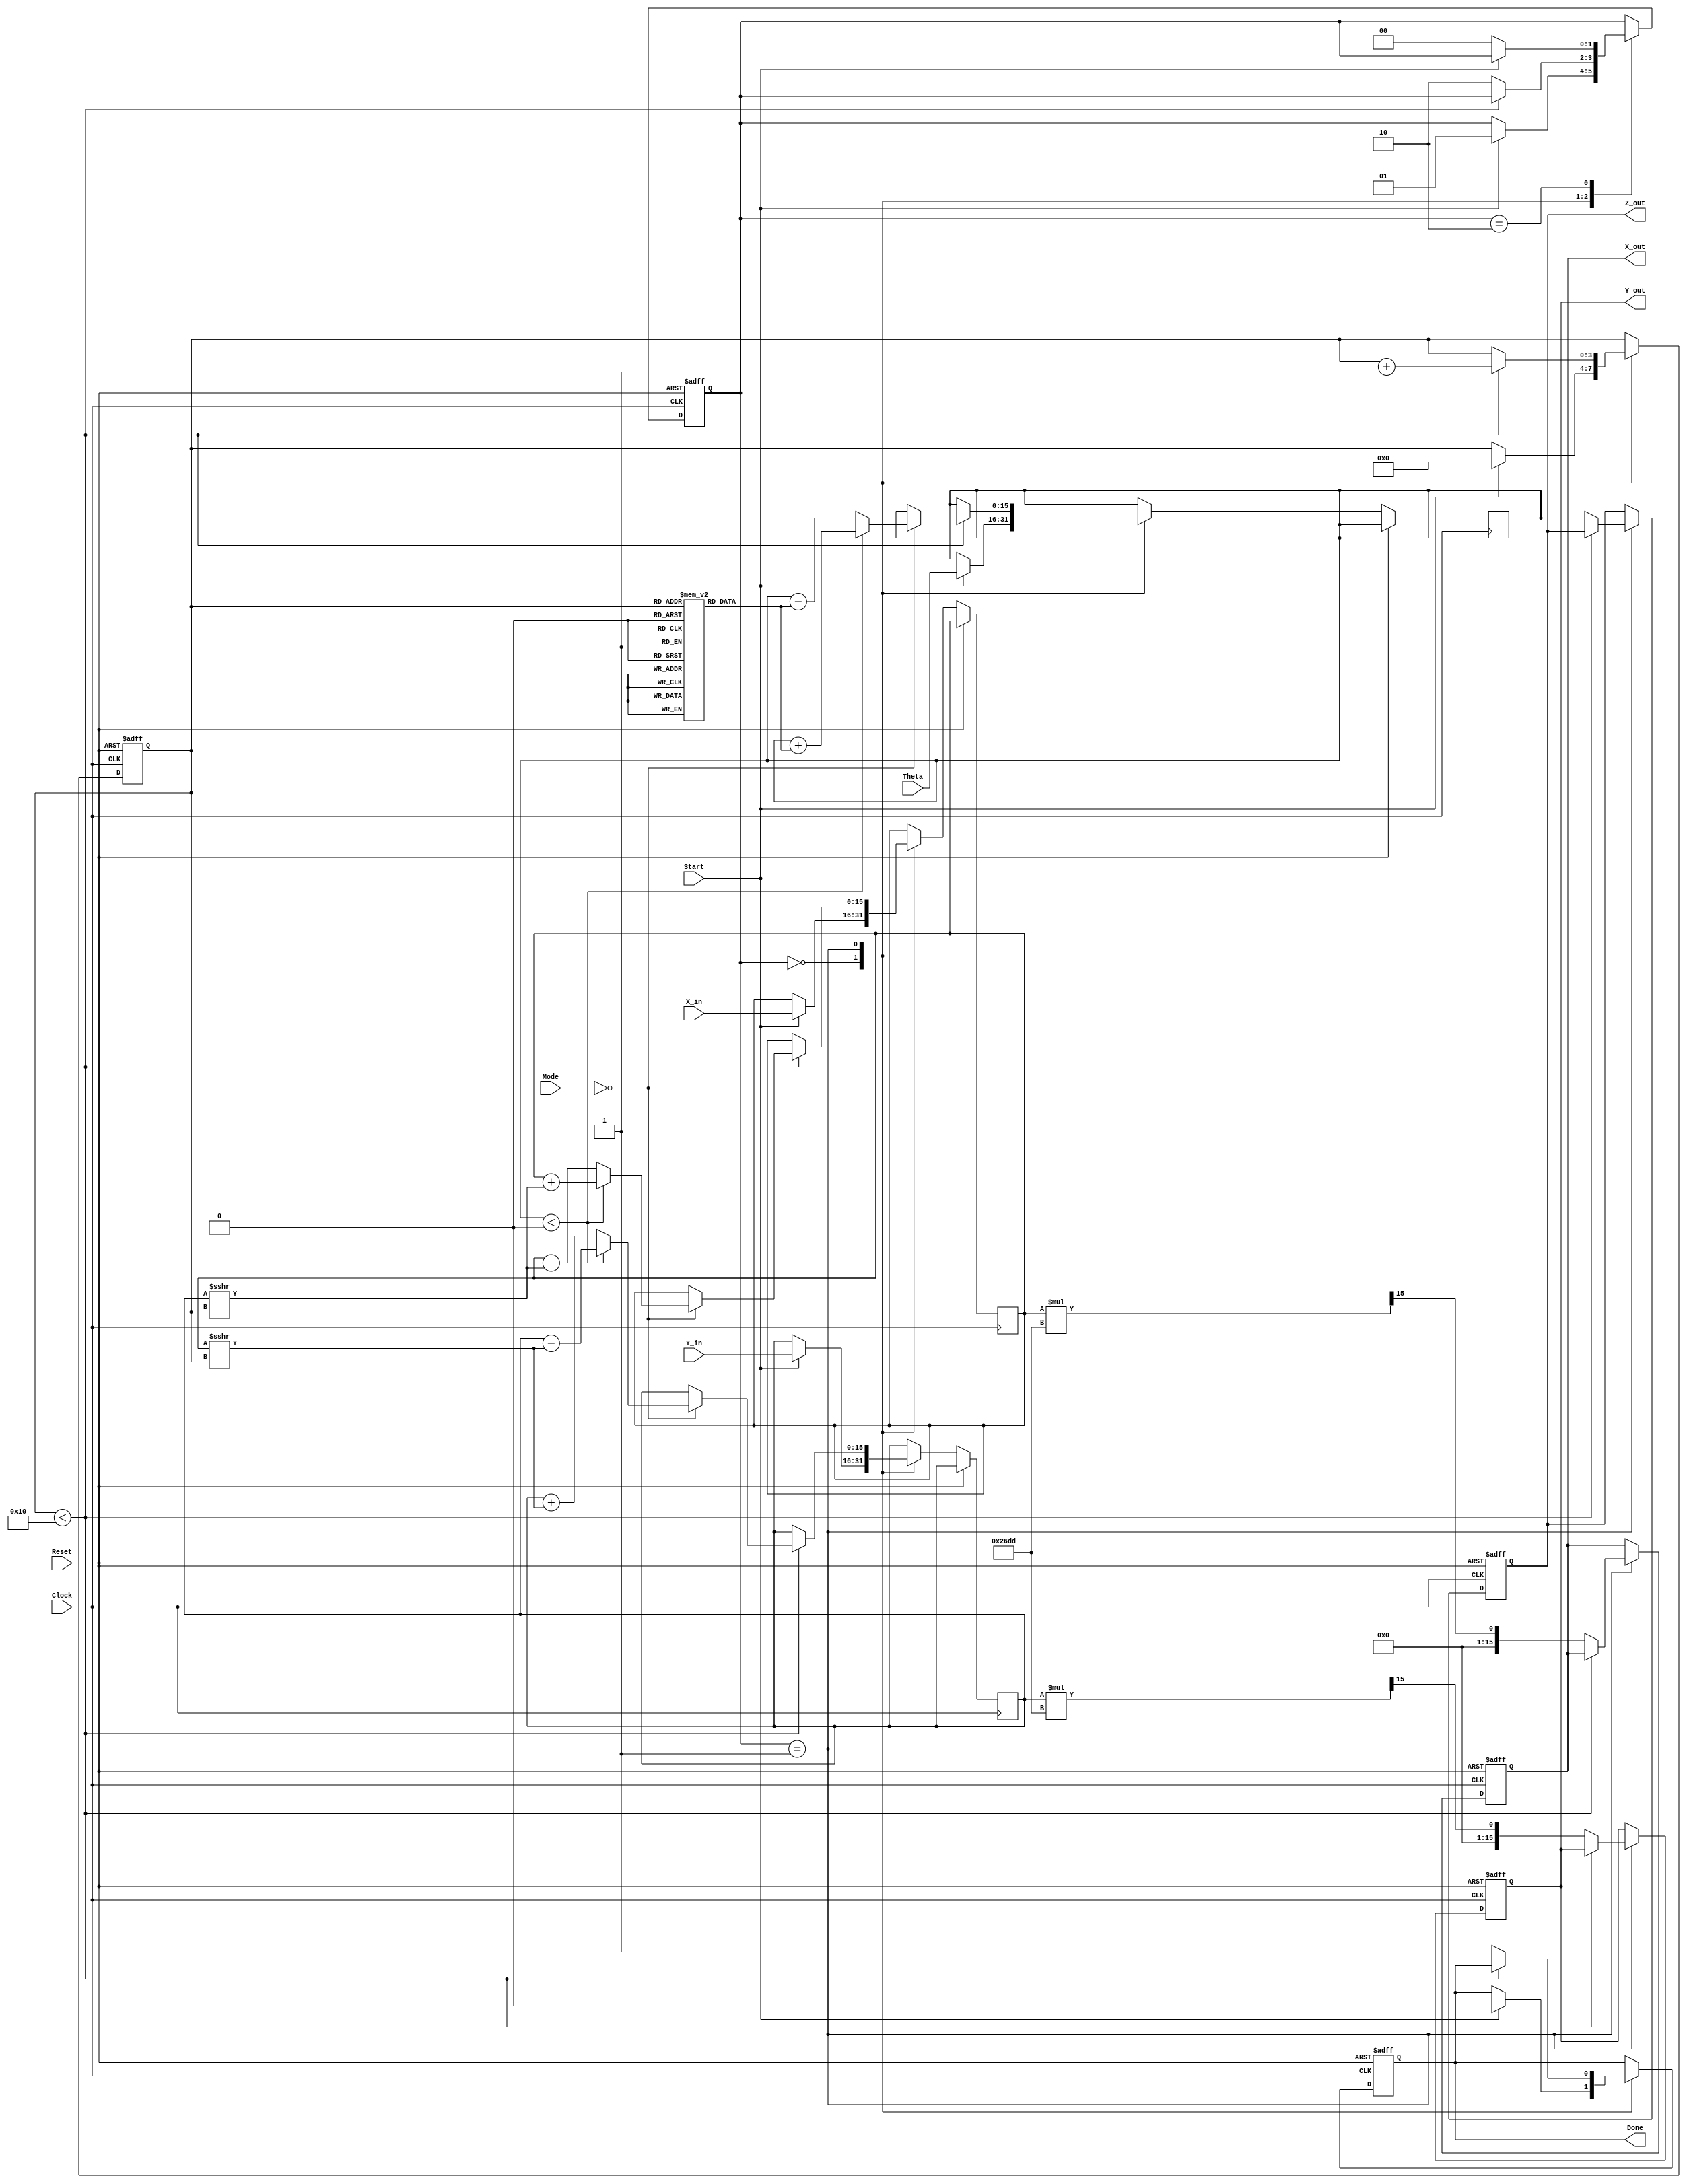
module cordic_arithmetic_block (
    input wire signed [15:0] X_in,      // Input x-coordinate
    input wire signed [15:0] Y_in,      // Input y-coordinate
    input wire signed [15:0] Theta,      // Input angle in radians
    input wire [1:0] Mode,               // Control signal for rotation/vectoring
    input wire Start,                     // Signal to start computation
    input wire Clock,                     // System clock
    input wire Reset,                     // Asynchronous reset
    output reg signed [15:0] X_out,      // Output x-coordinate
    output reg signed [15:0] Y_out,      // Output y-coordinate
    output reg signed [15:0] Z_out,      // Output angle
    output reg Done                       // Completion signal
);

    // Parameters
    parameter NUM_ITERATIONS = 16; // Number of CORDIC iterations
    parameter CORDIC_GAIN = 16'h26DD; // Gain factor for CORDIC

    // Internal registers
    reg signed [15:0] x_reg, y_reg, z_reg;
    reg [3:0] iteration_count;
    reg [1:0] state; // FSM states: 0=idle, 1=processing, 2=done

    // Lookup table for arctangent values (fixed-point representation)
    reg signed [15:0] atan_lut [0:NUM_ITERATIONS-1];
    initial begin
        atan_lut[0] = 16'h2000; // atan(2^0) = 0.5
        atan_lut[1] = 16'h1333; // atan(2^-1)
        atan_lut[2] = 16'h0A3D; // atan(2^-2)
        atan_lut[3] = 16'h0524; // atan(2^-3)
        atan_lut[4] = 16'h028F; // atan(2^-4)
        atan_lut[5] = 16'h0143; // atan(2^-5)
        atan_lut[6] = 16'h00A2; // atan(2^-6)
        atan_lut[7] = 16'h0051; // atan(2^-7)
        atan_lut[8] = 16'h0028; // atan(2^-8)
        atan_lut[9] = 16'h0014; // atan(2^-9)
        atan_lut[10] = 16'h000A; // atan(2^-10)
        atan_lut[11] = 16'h0005; // atan(2^-11)
        atan_lut[12] = 16'h0002; // atan(2^-12)
        atan_lut[13] = 16'h0001; // atan(2^-13)
        atan_lut[14] = 16'h0000; // atan(2^-14)
        atan_lut[15] = 16'h0000; // atan(2^-15)
    end

    // FSM for control logic
    always @(posedge Clock or posedge Reset) begin
        if (Reset) begin
            state <= 0;
            Done <= 0;
            iteration_count <= 0;
            X_out <= 0;
            Y_out <= 0;
            Z_out <= 0;
        end else begin
            case (state)
                0: begin // Idle state
                    if (Start) begin
                        x_reg <= X_in;
                        y_reg <= Y_in;
                        z_reg <= Theta;
                        iteration_count <= 0;
                        Done <= 0;
                        state <= 1; // Move to processing state
                    end
                end
                1: begin // Processing state
                    if (iteration_count < NUM_ITERATIONS) begin
                        // CORDIC rotation logic
                        if (Mode == 2'b00) begin // Rotation mode
                            if (z_reg < 0) begin
                                x_reg <= x_reg + (y_reg >>> iteration_count);
                                y_reg <= y_reg - (x_reg >>> iteration_count);
                                z_reg <= z_reg + atan_lut[iteration_count];
                            end else begin
                                x_reg <= x_reg - (y_reg >>> iteration_count);
                                y_reg <= y_reg + (x_reg >>> iteration_count);
                                z_reg <= z_reg - atan_lut[iteration_count];
                            end
                        end else if (Mode == 2'b01) begin // Vectoring mode
                            // Vectoring logic (not fully implemented)
                            // Similar logic can be applied for vectoring mode
                        end
                        iteration_count <= iteration_count + 1;
                    end else begin
                        // Finalize output
                        X_out <= x_reg * CORDIC_GAIN >>> 15; // Apply gain correction
                        Y_out <= y_reg * CORDIC_GAIN >>> 15; // Apply gain correction
                        Z_out <= z_reg;
                        Done <= 1;
                        state <= 2; // Move to done state
                    end
                end
                2: begin // Done state
                    if (!Start) begin
                        state <= 0; // Go back to idle state
                    end
                end
            endcase
        end
    end

endmodule